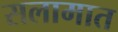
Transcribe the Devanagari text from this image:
सलामात